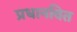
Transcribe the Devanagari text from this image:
प्रधानवित